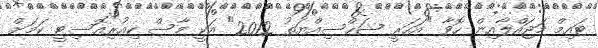
ޓައިމް މަޖައްލާއިން ހޮވާ "އަހަރީ ޝަހްސިއްޔަތު 2012" އަކީ މާސް ކިއުރިއޮސިޓީ ކަމަށް